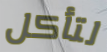
لتأكل